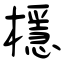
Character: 檼